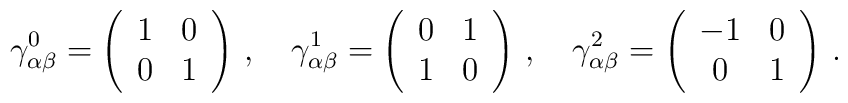
\gamma^{0}_{ \alpha \beta}= \left(\begin{array}{cc}1  &  0\\0 &  1\end{array}\right)\,, \quad \gamma^{1}_{ \alpha \beta}=\left(\begin{array}{cc}0  &  1\\1 &  0\end{array}\right)\, , \quad \gamma^2_{ \alpha \beta}=\left(\begin{array}{cc}-1   &  0\\0   &   1\end{array}\right) \,.